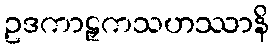
ဥဒကာဠှကသဟဿာနိ